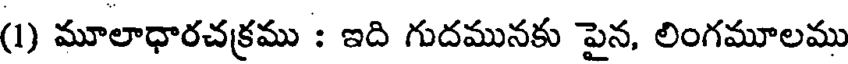
(1) మూలాధారచక్రము : ఇది గుదమునకు పైన, లింగమూలము